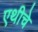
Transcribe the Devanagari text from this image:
एथीचे